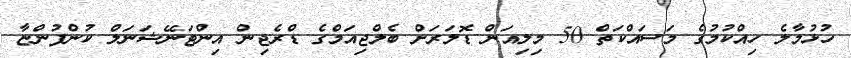
ހުޅުމާލެ ހިއްކުމުގެ މަސައްކަތް 50 މިލިއަން ޑޮލަރަށް ބެލްޖިއަމްގެ ޑްރެޖިން އިންޓަނޭޝަނަލް ކުންފުންޏާ